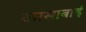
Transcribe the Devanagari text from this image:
कासाबाई